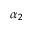
\alpha _ { 2 }